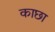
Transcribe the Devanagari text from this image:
काछा